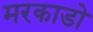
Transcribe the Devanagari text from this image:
मरकाडो